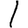
Digit: 1